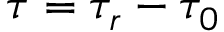
\tau = \tau _ { r } - \tau _ { 0 }